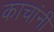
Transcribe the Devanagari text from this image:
काचांनी